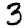
Digit: 3